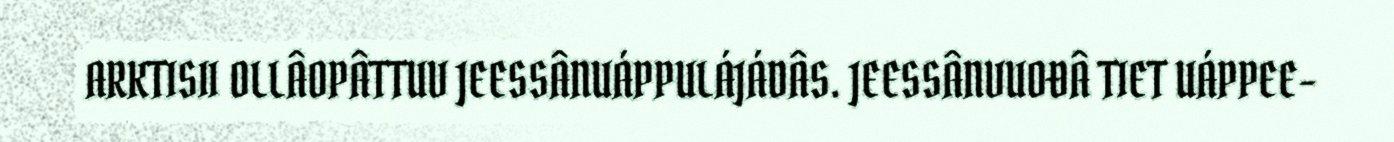
ARKTISII OLLÂOPÂTTUV JEESSÂNUÁPPULÁJÁDÂS. JEESSÂNVUOĐÂ TIET UÁPPEE-